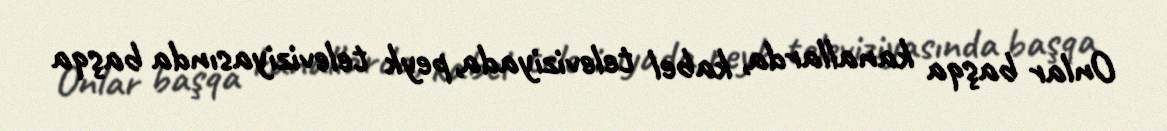
Onlar başqa kanallarda, kabel televiziyada, peyk televiziyasında başqa